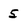
Character: 5